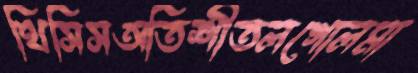
থিসিসঅতিশীতলগোলমা